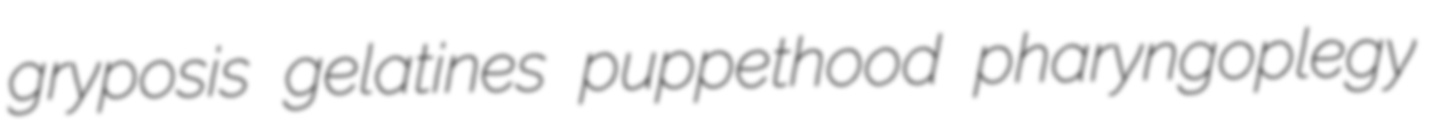
gryposis gelatines puppethood pharyngoplegy